system: You are a helpful assistant.
user:
Analyze the provided spectrum to determine if it is a **White Dwarf (WD)**.

A White Dwarf spectrum is defined by its **extreme purity** (due to gravitational settling) and/or **extreme pressure broadening** (due to high surface gravity). You must check for one of the following mutually exclusive signatures:

- **Key Visual Indicators (Check for ONE of these types):**

    - **1. DA-Type Signature (Most Common):**
        - **(Primary Feature):** Extreme pressure broadening (Stark broadening) of the **Hydrogen (H) Balmer lines**.
        - **(Key Lines):** $H\beta$ (approx. $4861$ Å) and $H\gamma$ (approx. $4340$ Å). $H\alpha$ (approx. $6563$ Å) will also be present if the wavelength range covers it.
        - **(Line Profile):** This is the **defining feature**. The lines are **NOT** sharp. They appear as massive, **extremely broad and deep "troughs" or "dips"** in the spectrum, often hundreds of Ångströms wide. The continuum will appear to "scoop" down at these wavelengths.
        - **(Distinction):** Normal A-type or B-type stars have *narrow* and *sharp* Hydrogen lines. A DA White Dwarf's lines are unmistakably "smeared" or "blurry" from pressure.

    - **2. DB-Type Signature:**
        - **(Primary Feature):** Broad absorption lines from **Neutral Helium (He I)**. The spectrum must lack any visible Hydrogen lines.
        - **(Key Lines):** Look for broad absorption near $4471$ Å, $4921$ Å, and $5876$ Å.
        - **(Line Profile):** These lines are also significantly pressure-broadened, appearing much wider than they would in a normal B-type main-sequence star.

    - **3. DC-Type Signature:**
        - **(Primary Feature):** A **featureless continuous spectrum**.
        - **(Line Profile):** The spectrum is a smooth curve with **no significant absorption or emission lines**.
        - **(Key Confirmation):** The continuum is almost always **blue or white**, indicating a hot object. This signature implies the atmosphere is so pure (or so cool) that no spectral lines are visible in the optical range. Its WD identity is confirmed by its extremely low intrinsic brightness (high absolute magnitude).

    - **4. DZ-Type Signature (Metal-Polluted):**
        - **(Primary Feature):** **Isolated, narrow metal absorption lines** on an otherwise featureless (DC-like) continuum.
        - **(Key Lines):** The **Calcium (Ca II) H & K doublet** (approx. **$3934$ Å** and **$3968$ Å**) is the most common and defining feature.
        - **(Line Profile):** These lines are "out of place." They are *not* part of a "forest" of thousands of lines. This signature is evidence of recent *accretion* (pollution) from rocky debris.
        - **(Distinction):** Normal G/K/M stars have a *dense forest* of thousands of metal lines. A DZ has a *clean* continuum with *only a few* strong metal lines.

    - **5. DQ-Type Signature (Carbon-Polluted):**
        - **(Primary Feature):** Absorption bands from **Carbon (C₂ "Swan Bands" or atomic C I)**.
        - **(Key Lines - C₂):** Look for bandheads with a "saw-tooth" shape near $5635$ Å, **$5165$ Å** (strongest), and $4737$ Å.
        - **(Key Confirmation):** The underlying **continuum must be blue or white** (hot).
        - **(Distinction):** This is the critical difference from a **Carbon Star**, which has the *exact same* C₂ bands but on an extremely **red, cool** continuum.

- **(Overall Spectrum):**
    - The continuum (overall shape) is typically **blue-sloping** (brighter in the blue than the red), as most white dwarfs are very hot.
    - The spectrum will look "pure" or "simple," dominated by only *one* of the five signatures listed above.

Think first, call **spectral_visualization_tool** if needed to examine features in detail, then provide your final answer. Your response must adhere to the following strict rules:
1.  **Overall Structure:** Your response must follow the format `<think>...</think> <tool_call>...</tool_call> (if a tool is used) <answer>...</answer>`.
2.  **Tool Usage Constraint:** You may only make **one** tool call per turn.
3.  **Final Answer Format:** In the `<answer>` tag, your conclusion must be inside a `\boxed{}` command (e.g., `\boxed{YES}` or `\boxed{NO}`), followed by your justification.

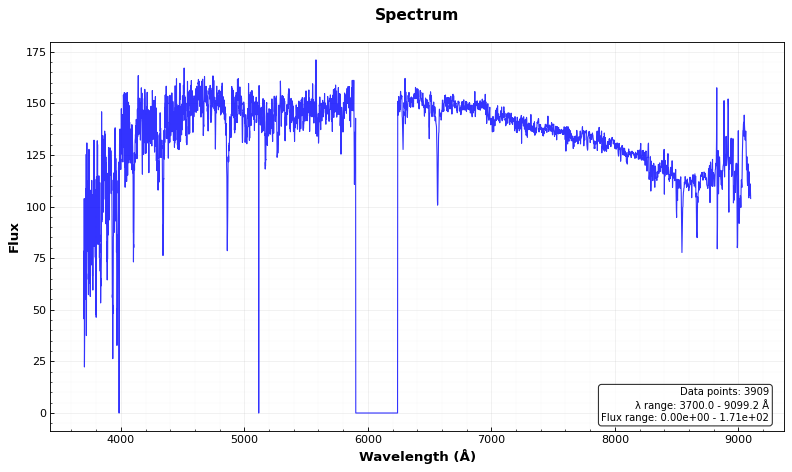
Answer: NO